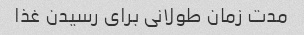
مدت زمان طولانی برای رسیدن غذا